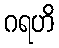
ဂရဟိ